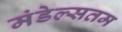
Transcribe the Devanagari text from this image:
मंडेल्सतम